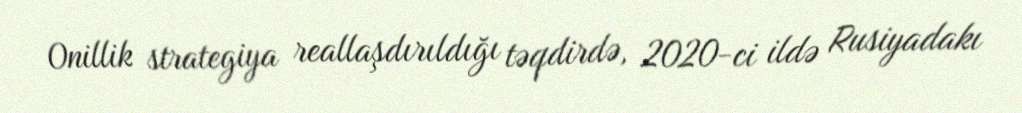
Onillik strategiya reallaşdırıldığı təqdirdə, 2020-ci ildə Rusiyadakı